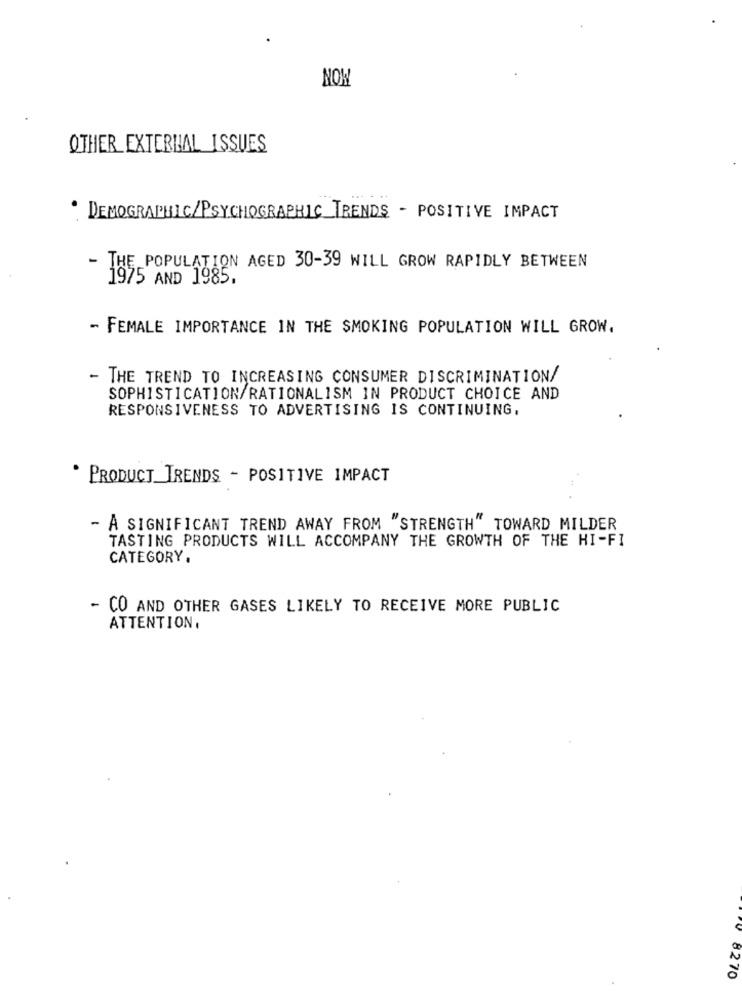
NOW
OTHER EXTERNAL ISSUES
DEMOGRAPHIC/PSYCHOGRAPHIC TRENDS - POSITIVE IMPACT
- THE POPULATION AGED 30-39 WILL GROW RAPIDLY BETWEEN
1975 AND 1985.
- FEMALE IMPORTANCE IN THE SMOKING POPULATION WILL GROW.
- THE TREND TO INCREASING CONSUMER DISCRIMINATION/
SOPHISTICATION/RATIONALISM IN PRODUCT CHOICE AND
RESPONSIVENESS TO ADVERTISING IS CONTINUING.
PRODUCT_TRENDS - POSITIVE IMPACT
- A SIGNIFICANT TREND AWAY FROM "STRENGTH" TOWARD MILDER
TASTING PRODUCTS WILL ACCOMPANY THE GROWTH OF THE HI-FI
CATEGORY.
- CO AND OTHER GASES LIKELY TO RECEIVE MORE PUBLIC
ATTENTION,
8270